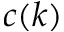
c ( k )